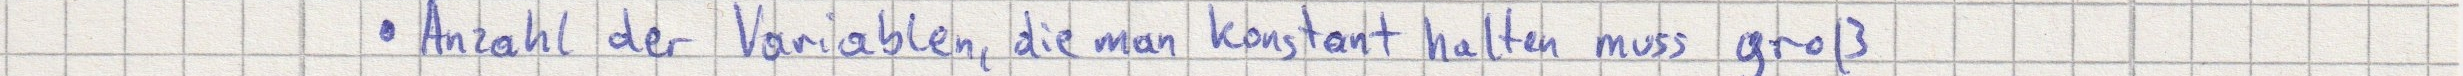
Anzahl der Variablen, die man konstant halten muss groß